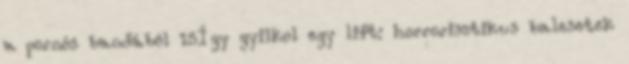
a pornós bandából 15Így gyilkol egy lift: horrorisztikus balesetek